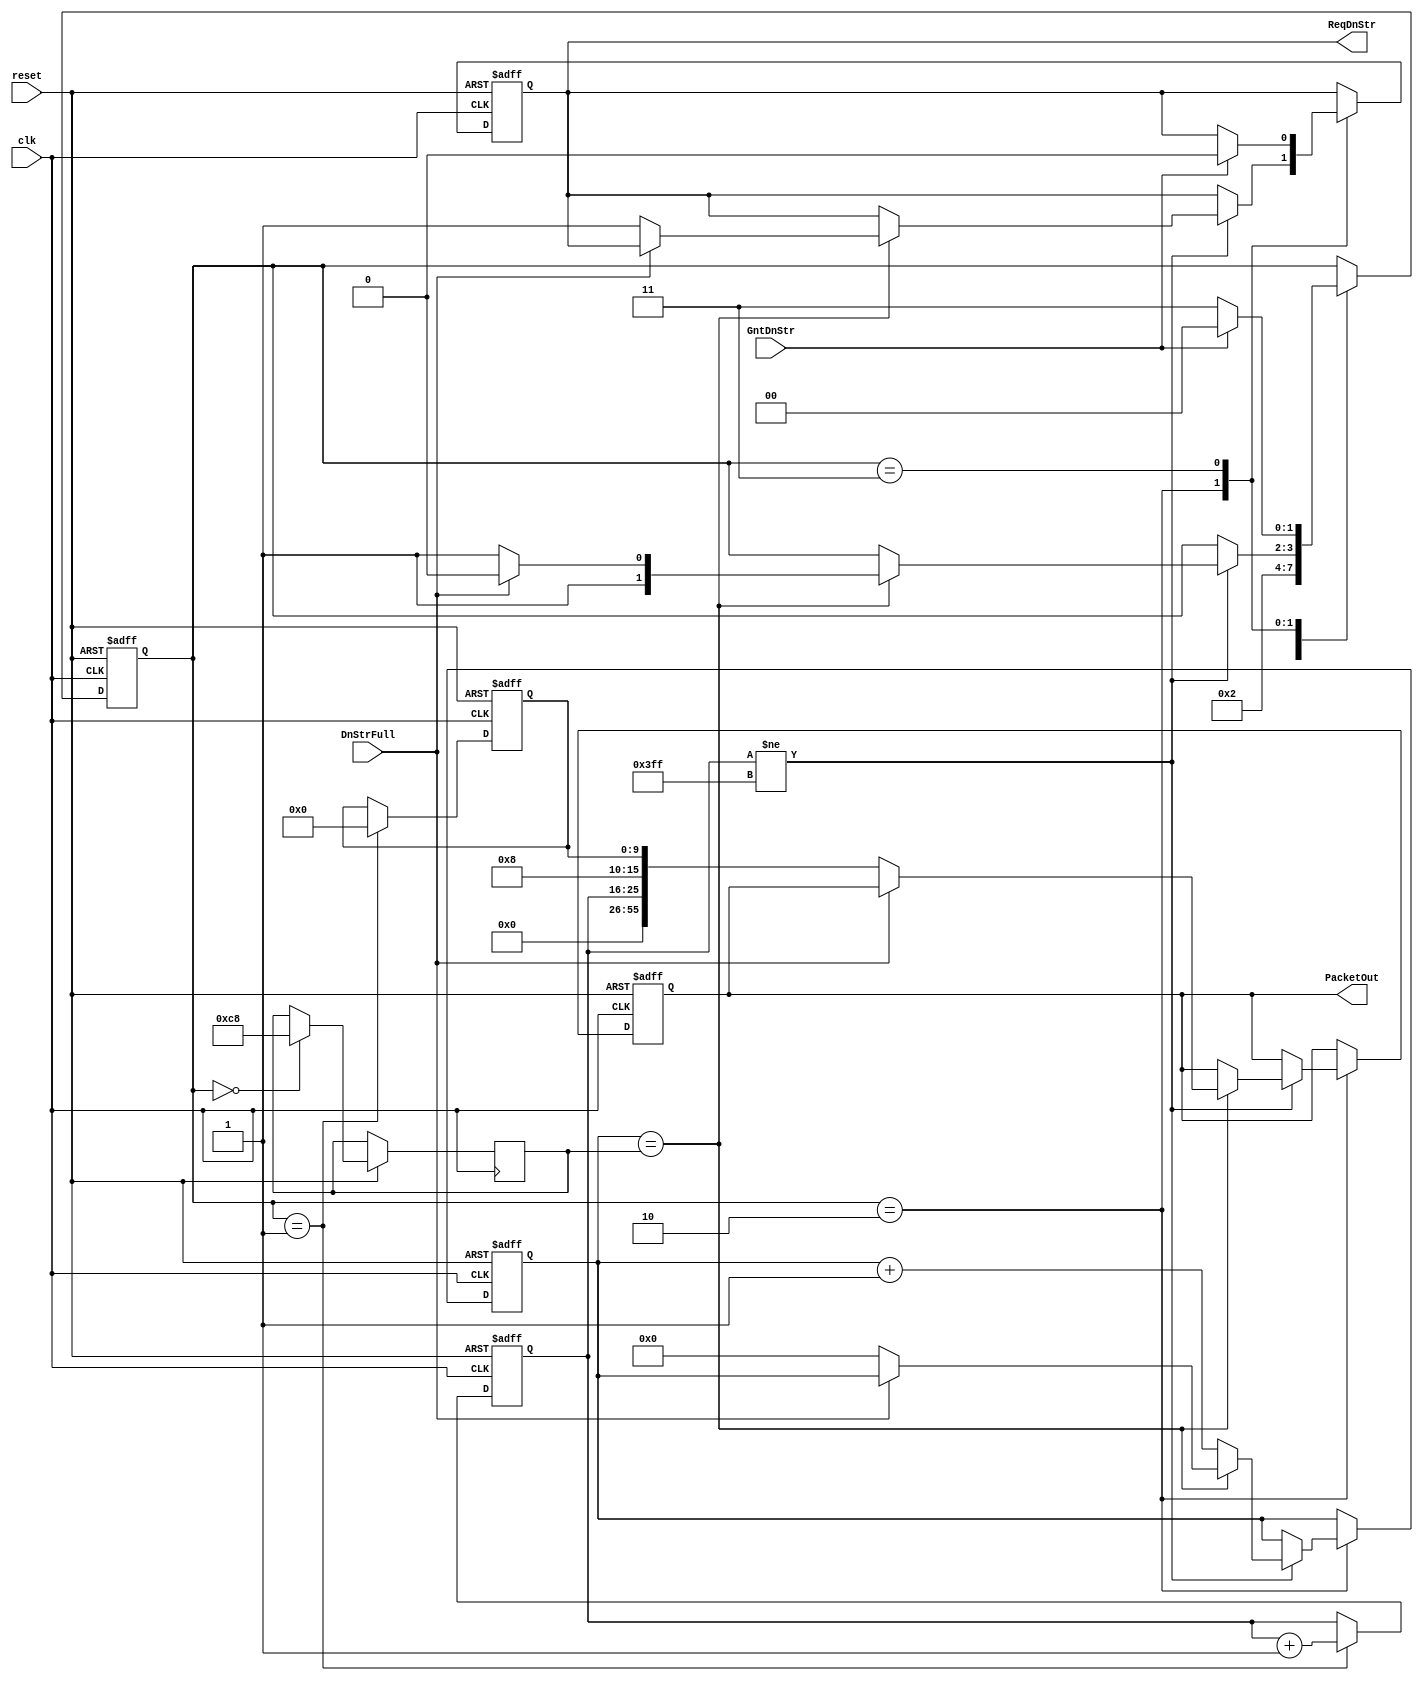
`timescale 1ns / 1ps

module Injector_001_000(
// Global Settings 
/*-- for Injection rate (load) and typr of traffic (Random, ..etc) it will be defined in the 
Top module i.e. Traffic Generator.*/
reset,
clk, 
// -- Output Port Traffic: --
ReqDnStr,
GntDnStr,
DnStrFull,
PacketOut
);              
// ------------------------ Parameter Declarations --------------------------- //
//for 3x3 mesh
parameter routerID=6'b001_000; // change depends on mesh size 
parameter ModuleID =6'b001_000;
parameter CLOCK_MULT=3'b001; //// packet injection rate (percentage of cycles)
parameter packetwidth = 56;// number of bits for data bus
//Injector States 				
parameter 	    IDLE		=2'b00,
				PKT_PREP	=2'b01, 
				SEND_REQ	=2'b10, 
				WAIT_GRANT	=2'b11;	
// ------------------------ Inputs Declarations ------------------------------ //
input clk;
input reset;
input DnStrFull; //fifo? indicator from Local about FIFO buffer status.. if full = 1 else = 0
input GntDnStr; //? Grant from Down Stream Router
// ------------------------ Outputs Declarations ----------------------------- //
output ReqDnStr;  // Injector send request to router to send packets
output [packetwidth-1:0] PacketOut;// output data packet form Injector
// --------------------------- Wire Declarations ----------------------------- //
wire clk;
wire reset;
wire DnStrFull;// indicator for Injector about Local FIFO buffer status .. if full = 1 else = 0
wire GntDnStr; // Grant from Down Stream Router
wire [packetwidth-1:0] PacketOut;// output data packet form fifo
// --------------------------------------------------------------------------- //
// ------------------------ Registers Declarations --------------------------- //
reg ReqDnStr; // request to Local Port FIFO Buffer  
reg [packetwidth-1:0] dataBuf;// data buffer register

///////////////////////// 
//Packet Contents
reg [1:0] STATE;
//PacketID and RandomInfo can be adjusted to fit the diminsion bits
reg [9:0]    PacketID;  	// 0:1023
reg [9:0]    RandomInfo; // 
reg [15:0]   CYCLE_COUNTER; //Timestamp 
integer Delay, Count;
//for Simulation log
//integer Injector_Log_0;
// --------------------------------------------------------------------------- //
initial 
   begin 		
		STATE	<= IDLE; CYCLE_COUNTER <= 0;
		dataBuf <= 0;   PacketID <= 0; RandomInfo <= 0; Count <= 0; Delay <= 0;
		//for Simulation log
		//Injector_Log_0 = $fopen("Injector_Log_0.txt","w");
		//$fdisplay(Injector_Log_0, "     SimulationTime ;   SendTime      ; SenderID   ; PacketID     ");	
   end
	
always @(posedge clk)
   begin 
   CYCLE_COUNTER <= CYCLE_COUNTER + 1'b1;   
   end	
//###########################   Modules(PEs) Injector ################################### 
always @(posedge clk or negedge reset)  
begin 
if( !reset)
	begin 
	dataBuf <= 0; PacketID <= 0;RandomInfo <= 0;
	ReqDnStr<= 0; Count <= 0;
	STATE	<= IDLE;
	end  
else 					
	begin 
	case(STATE)
//################## STATE ###############################################	
	
IDLE:begin 
//Note: Comment Delay and Its Condition If you want to see Full Signal Or increase the Probability
//Delay between two consequence packets. to be changed to change Injection Rate		
Delay 	<= 200;//{$random}%3;// 0,1,2,3 are selected randomly
STATE	<=IDLE;
//STATE	<= PKT_PREP;
end
//######################################################################

PKT_PREP:begin//
PacketID <= PacketID + 1'b1; 
RandomInfo <= 9'b0;	
STATE	<= SEND_REQ;
end
//######################################################################
SEND_REQ:begin	
//######################################################################
if (PacketID != 1023)
begin
	if (Count == Delay)
		begin
		if (!DnStrFull) // Buffer not Full !=1
			begin
			ReqDnStr <= 1; //send request to Local Port
			dataBuf  <= {PacketID, ModuleID, RandomInfo} ;
			//PacketOut      <= dataBuf;
			STATE	<= WAIT_GRANT;
			Count <= 0;
			//$fdisplay(Injector_Log_0,  $time, " ; %d ; %d ; %d ", CYCLE_COUNTER, ModuleID,PacketID);			
			end //if
		else 
			begin
			STATE <= SEND_REQ;
			end 
		end//if delay
	else 
		begin
		Count <= Count+1'b1;					
		end
		 
end	//if (PacketID != 1023)		
end //SEND_REQ
//######################################################################	

WAIT_GRANT: begin
if (GntDnStr) // Buffer not Full
	begin
	ReqDnStr 			<=0; //send request to Local Port
	STATE	<= IDLE;
	end
else
	begin
	STATE	<= WAIT_GRANT;
	end
end
endcase
	end //else
end // always 
assign PacketOut = dataBuf;
endmodule

//#########################################################################################################